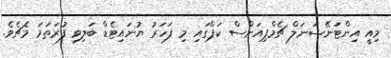
މިއީ އިންޓަނޭޝަނަލް ޗެމްޕިއަންސް ކަޕްގައި މި ފަހަރު ޔުނައިޓެޑް ބަލިވި ފުރަތަމަ މެޗެވެ.